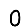
Digit: 0